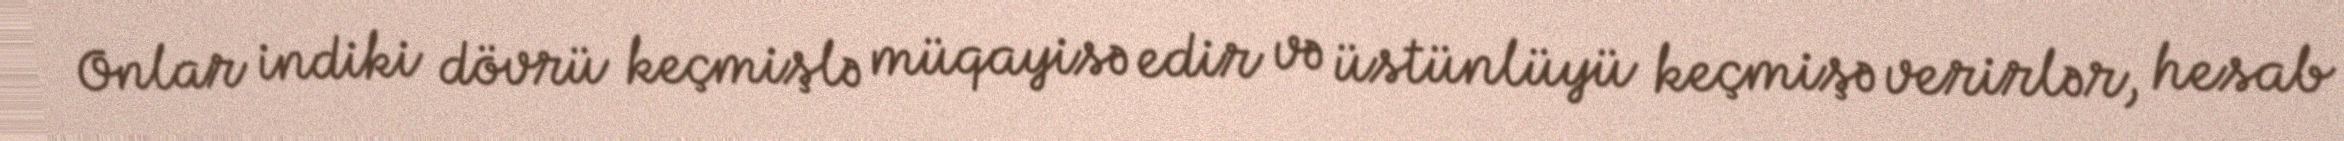
Onlar indiki dövrü keçmişlə müqayisə edir və üstünlüyü keçmişə verirlər, hesab